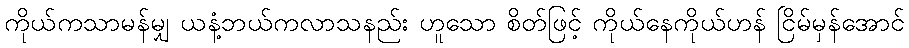
ကိုယ်ကသာမန်မျှ ယနံ့ဘယ်ကလာသနည်း ဟူသော စိတ်ဖြင့် ကိုယ်နေကိုယ်ဟန် ငြိမ်မှန်အောင်